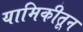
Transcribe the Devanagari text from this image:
यामिकीतून